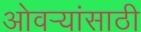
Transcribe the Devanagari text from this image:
ओवर्‍यांसाठी